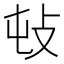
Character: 𢻴